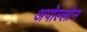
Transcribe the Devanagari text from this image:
अपोल्लोन